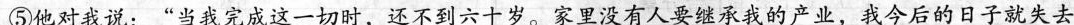
⑤他对我说：“当我完成这一切时，还不到六十岁。家里没有人要我的产业，我今后的日子就失去